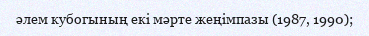
әлем кубогының екі мәрте жеңімпазы (1987, 1990);